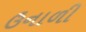
ઉનાળી